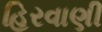
હિરવાણી